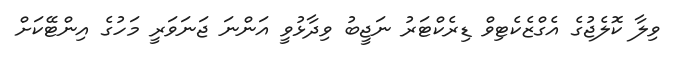
ވިލާ ކޮލެޖުގެ އެގްޒެކެޓިވް ޑިރެކްޓަރު ނަޖީބު ވިދާޅުވީ އަންނަ ޖަނަވަރީ މަހުގެ އިންޓޭކަށް